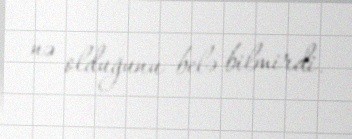
nə olduğunu belə bilmirdi.